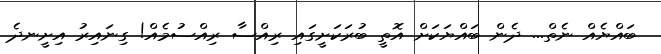
ބައްޔެއް ނެތް... ދެން ބައްޔަކަށް އޮތީ ބުރަކަށީގައި ރިއްސާ ރިއްސުމެއް! ގިނައިރު އިށީނދެ